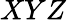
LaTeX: XYZ